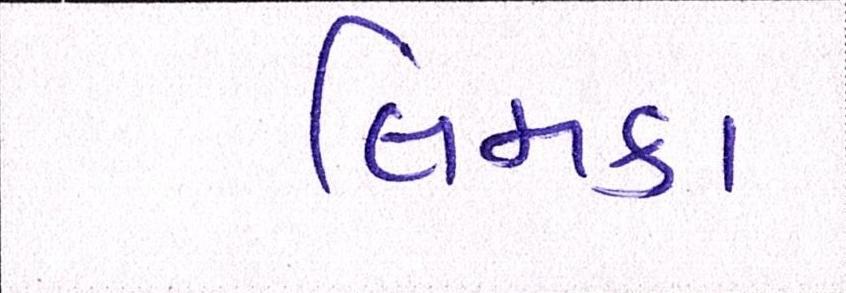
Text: લિમકા